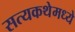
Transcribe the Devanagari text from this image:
सत्यकथेमध्ये